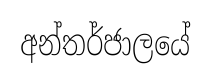
අන්තර්ජාලයේ